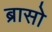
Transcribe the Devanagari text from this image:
ब्रासो